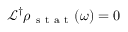
\mathcal { L } ^ { \dagger } \rho _ { \mathrm { ~ s ~ t ~ a ~ t ~ } } ( \omega ) = 0